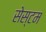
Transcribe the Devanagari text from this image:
सेस्टम